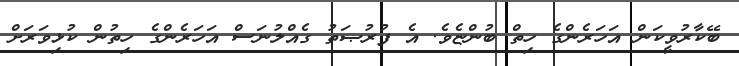
ބޭކާރުވީކަން އަހަރެންގެ ހިތް ބުންޏެވެ. އެ ފުރުޞަތު ގެއްލުނަސް އަހަރެންގެ ހިތުން ކުޅިވަރަށް